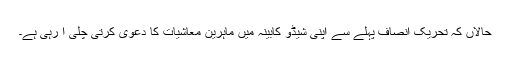
حالاں کہ تحریکِ انصاف پہلے سے اپنی شیڈو کابینہ میں ماہرینِ معاشیات کا دعویٰ کرتی چلی آ رہی ہے۔